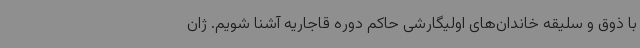
با ذوق و سلیقه خاندان‌های اولیگارشی حاکم دوره قاجاریه آشنا شویم. ژان